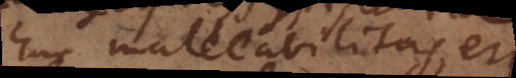
huc malleabilitas, etc.